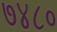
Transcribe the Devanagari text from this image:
७४८०